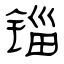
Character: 锱